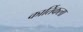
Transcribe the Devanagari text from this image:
कार्तिकला